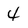
Character: 4